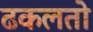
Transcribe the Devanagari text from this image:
ढकलतो